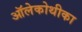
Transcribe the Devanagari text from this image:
ऑलेकोथीका